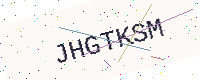
Text: JHGTKSM